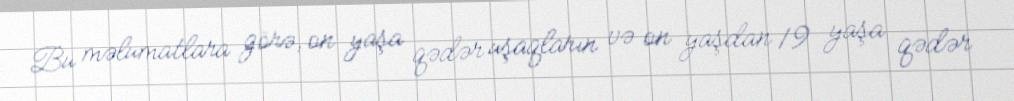
Bu məlumatlara görə, on yaşa qədər uşaqların və on yaşdan 19 yaşa qədər